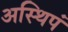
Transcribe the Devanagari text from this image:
अस्थिपं